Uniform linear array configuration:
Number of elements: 16
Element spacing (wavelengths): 0.25
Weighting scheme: blackman
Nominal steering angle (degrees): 60
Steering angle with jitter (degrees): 59.866
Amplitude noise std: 0.05
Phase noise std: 0.05

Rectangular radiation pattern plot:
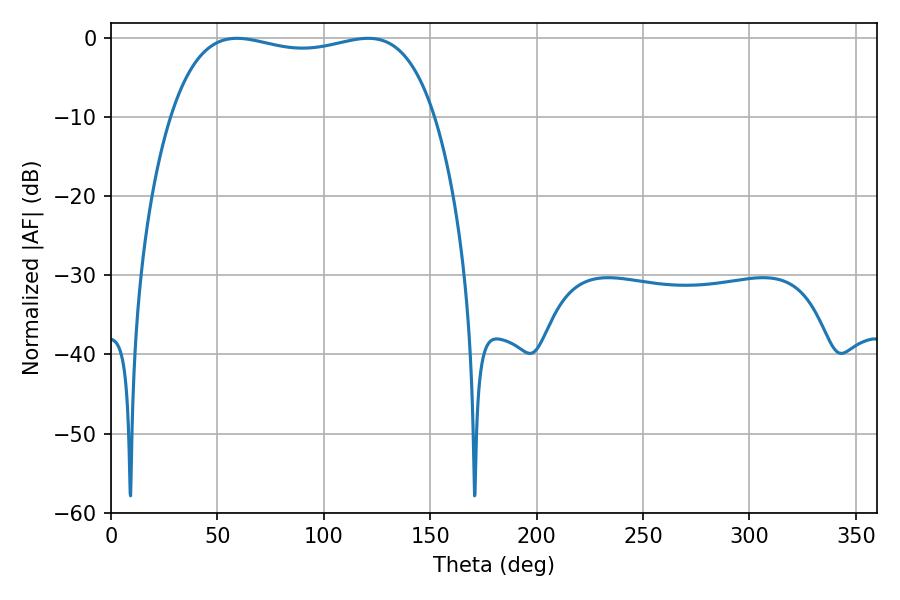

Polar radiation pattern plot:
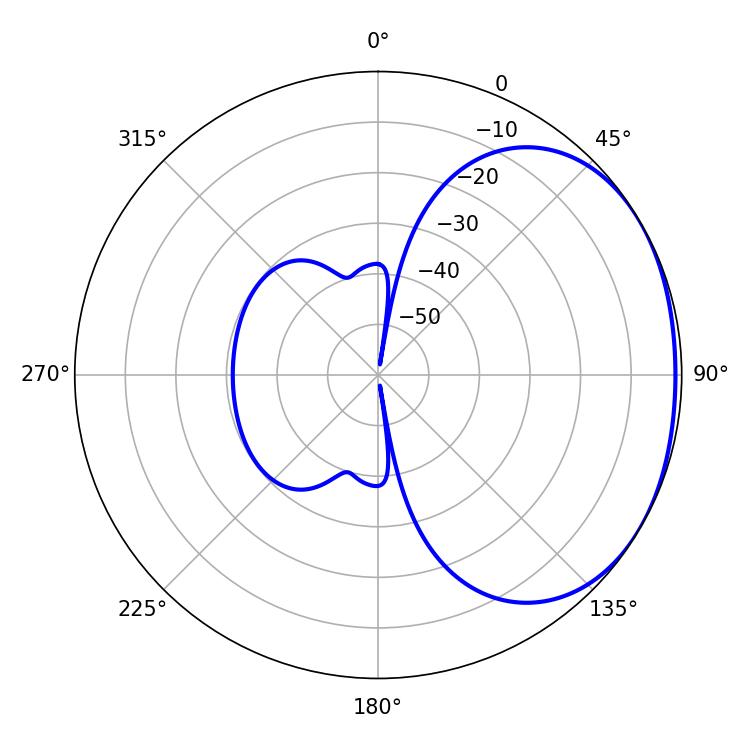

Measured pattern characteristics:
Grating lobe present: FALSE
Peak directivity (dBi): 1.602
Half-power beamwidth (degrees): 100.44
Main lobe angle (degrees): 59.22